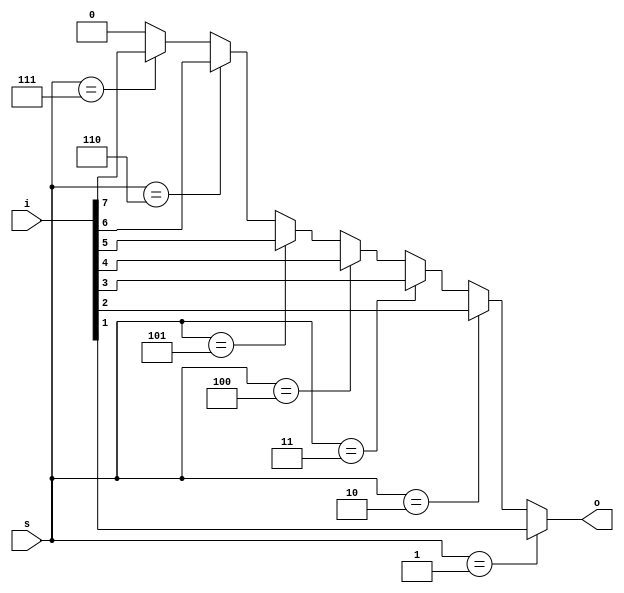
//8X1 mux using if else statement
module mux8to1(i,s,o);
  input [7:0]i;
  input [2:0]s;
  output reg o;
always@(*)
  begin
    if(3'b000) o=i[0];
    else if(s==3'b001) o=i[1];
    else if(s==3'b010) o=i[2];
    else if(s==3'b011) o=i[3];
    else if(s==3'b100) o=i[4];
    else if(s==3'b101) o=i[5];
    else if(s==3'b110) o=i[6];
    else if(s==3'b111) o=i[7];
    else o=0;
end
endmodule